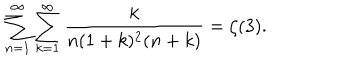
LaTeX: \sum _ { n = 1 } ^ { \infty } \sum _ { k = 1 } ^ { \infty } \frac { k } { n ( 1 + k ) ^ { 2 } ( n + k ) } = \zeta ( 3 ) .